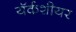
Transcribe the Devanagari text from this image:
यॅर्कशीयर